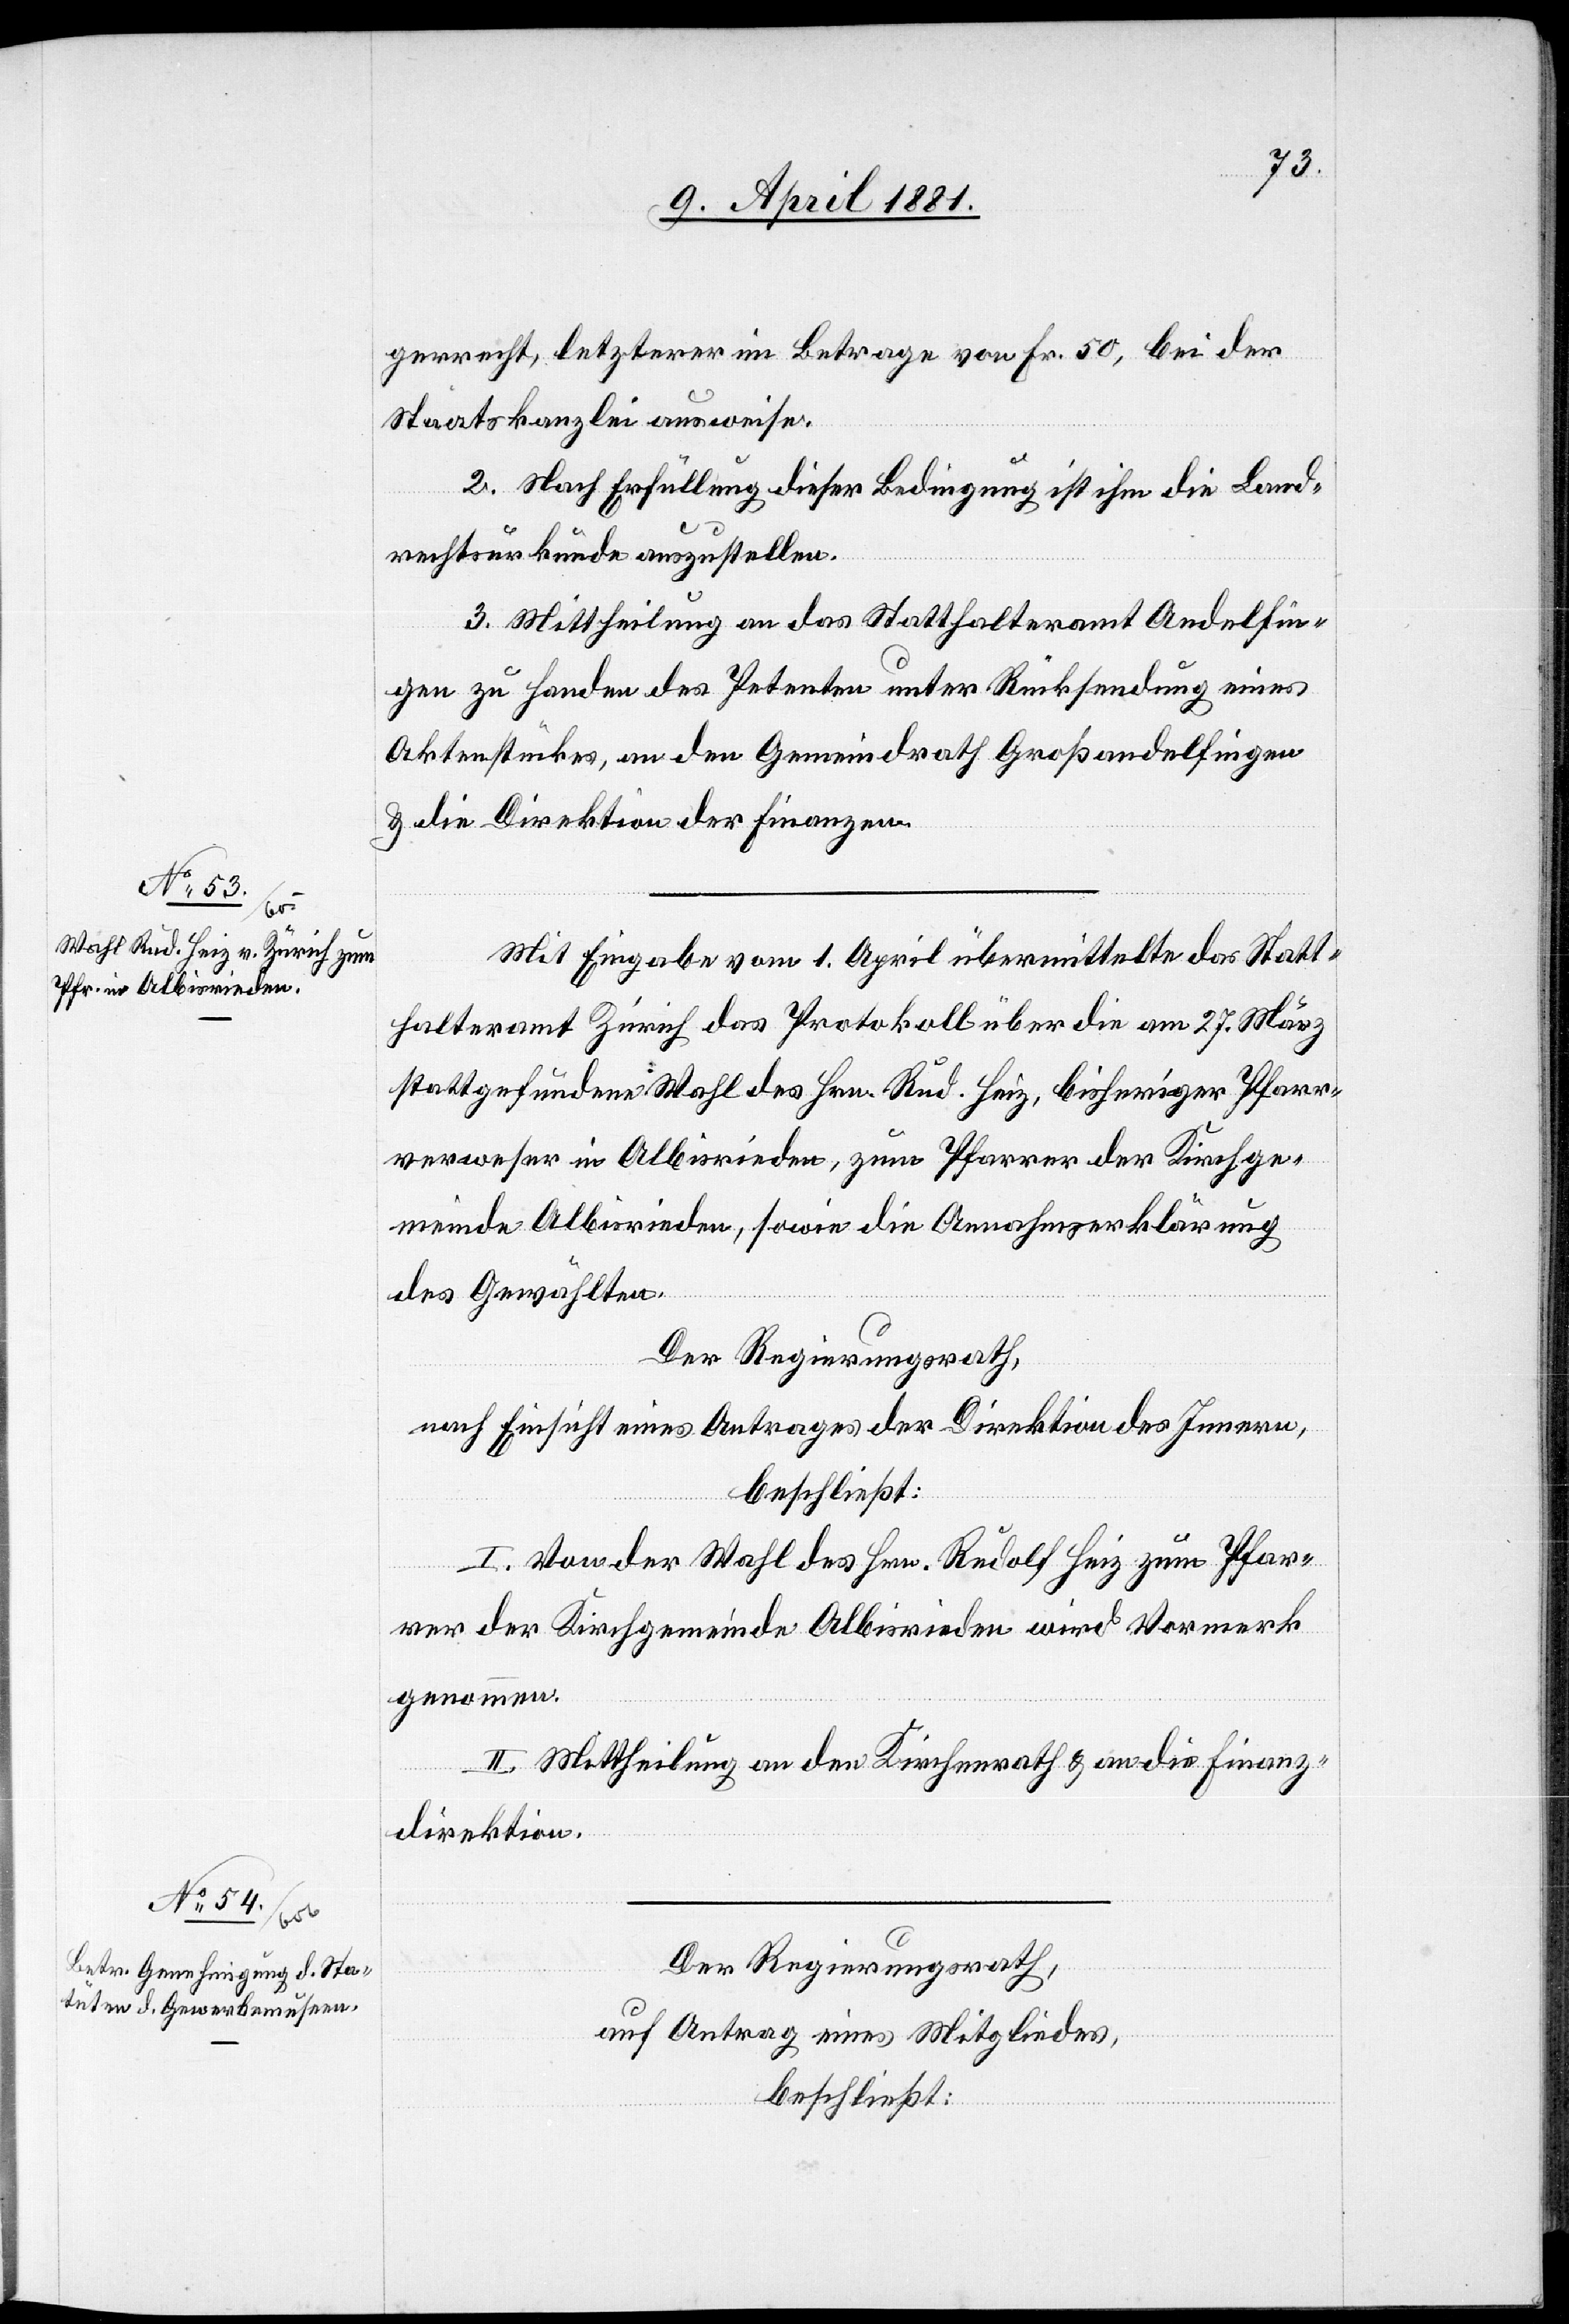
meinde Albisrieden.

gerrecht, letzterer im Betrage von Fr. 50, bei der
Staatskanzlei ausweise.
2. Nach Erfüllung dieser Bedingung ist ihm die Land¬
rechtsurkunde auszustellen.
3. Mittheilung an das Statthalteramt Andelfin¬
gen zu Handen des Petenten unter Rücksendung eines
Aktenstückes, an den Gemeindrath Großandelfingen
& die Direktion der Finanzen.
Mit Eingabe vom 1. April übermittelte das Statt¬
halteramt Zürich das Protokoll über die am 27. März
stattgefundene Wahl des Hrn. Rud. Heiz, bisheriger Pfarr¬
verweser in Albisrieden, zum Pfarrer der Kirchge¬
Der Regierungsrath,
nach Einsicht eines Antrages der Direktion des Innern,
beschließt:
I. Von der Wahl des Hrn. Rudolf Heiz zum Pfar¬
rer der Kirchgemeinde Albisrieden wird Vormerk
genommen.
II. Mittheilung an den Kirchenrath & an die Finanz¬
direktion.
Der Regierungsrath,
auf Antrag eines Mitgliedes,
beschließt: